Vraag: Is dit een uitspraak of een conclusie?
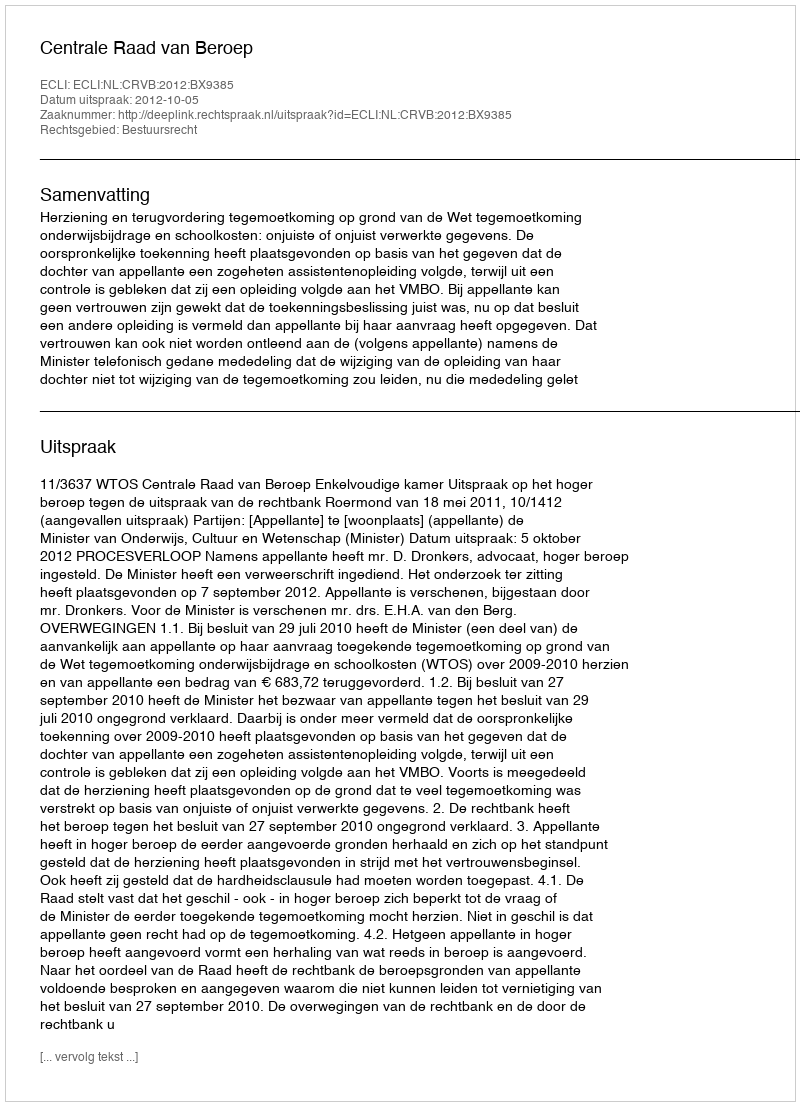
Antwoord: Uitspraak